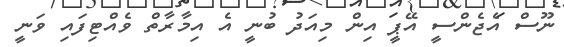
ނޫސް އެޖެންސީ އޭޕީ އިން މިއަދު ބުނީ އެ އިމާރާތް ވެއްޓިފައި ވަނީ